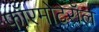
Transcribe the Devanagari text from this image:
फॉरमोटेरॉल